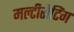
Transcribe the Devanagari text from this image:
मल्टीसेटिंग